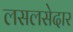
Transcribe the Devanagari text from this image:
लसलसेदार